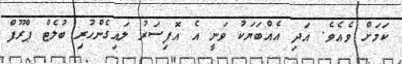
ކަމަށް ވެއެވެ. އަދި އެއްބަޔަކު ވަނީ އެ އޮފިސަރު ލައިގެންހުރި ބުލެޓް ޕްރޫފް